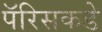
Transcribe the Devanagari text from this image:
पॅरिसकडे